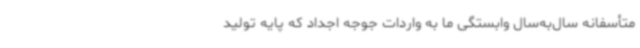
متأسفانه سال‌به‌سال وابستگی ما به واردات جوجه اجداد که پایه تولید